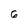
Character: 6